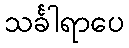
သင်္ခါရာပေ